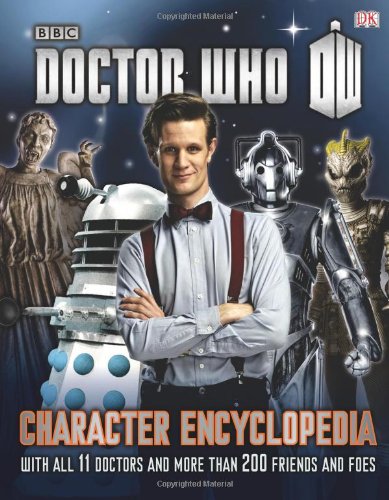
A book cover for Doctor Who: Character Encyclopedia; Annabel Gibson; Humor & Entertainment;